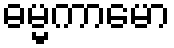
ဓမ္မကာမော